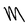
Character: M